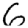
Digit: 6